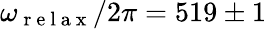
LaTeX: \omega_{\mathrm{~r~e~l~a~x~}}/2\pi=519\pm 1